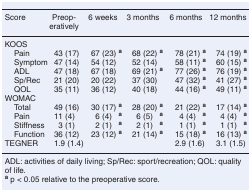
| Score | Preoperatively | 6 weeks | 3 months | 6 months | 12 months |
 | --- | --- | --- | --- | --- | --- |
 | <COLSPAN=6> KOOS |
 | Pain | 43 (17) | 67 (23)a | 68 (22)a | 78 (21)a | 74 (19)a |
 | Symptom | 47 (14) | 54 (12) | 52 (14) | 58 (11)a | 60 (15)a |
 | ADL | 47 (18) | 67 (18) | 69 (21)a | 77 (26)a | 76 (19)a |
 | Sp/Rec | 21 (20) | 20 (22) | 37 (30) | 47 (32)a | 41 (27)a |
 | QOL | 35 (11) | 36 (12) | 40 (18) | 44 (16)a | 49 (11)a |
 | <COLSPAN=6> WOMAC |
 | Total | 49 (16) | 30 (17)a | 28 (20)a | 21 (22)a | 17 (14)a |
 | Pain | 11 (4) | 6 (4)a | 6 (5)a | 4 (4)a | 4 (4)a |
 | Stiffness | 3 (1) | 2 (1)a | 2 (1)a | 1 (1)a | 1 (1)a |
 | Function | 36 (12) | 23 (12)a | 21 (14)a | 15 (18)a | 16 (13)a |
 | TEGNER | 1.9 (1.4) |  |  | 2.9 (1.6) | 3.1 (1.5) |